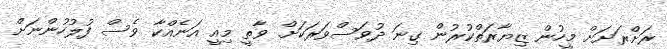
ރަށްރަށަށް މީހުން ޒިޔާރަތްކުރުން ގިނަ ދުވަސްވަރަކަށް ވާތީ މިއީ އަނެއްކާ ވެސް ފުލުހުންނަށް